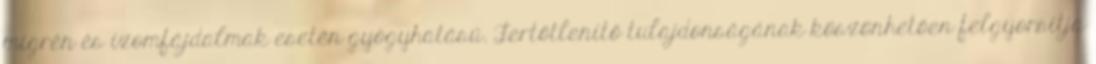
migrén és izomfájdalmak esetén gyógyhatású. Fertőtlenítő tulajdonságának köszönhetően felgyorsítja